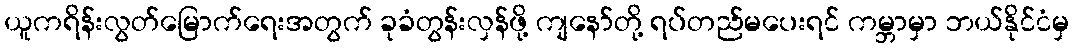
ယူကရိန်းလွတ်မြောက်ရေးအတွက် ခုခံတွန်းလှန်ဖို့ ကျနော်တို့ ရပ်တည်မပေးရင် ကမ္ဘာမှာ ဘယ်နိုင်ငံမှ